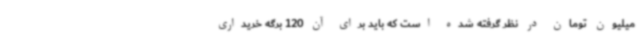
میلیون تومان در نظر گرفته شده است که باید برای آن 120 برگه خریداری